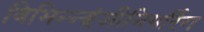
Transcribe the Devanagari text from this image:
विभिन्‍न्‍इंजीनियरिंग